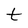
Character: t